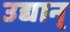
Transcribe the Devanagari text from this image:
उद्यान्